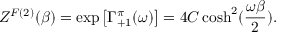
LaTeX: Z ^ { F ( 2 ) } ( \beta ) = \exp \left[ \Gamma _ { + 1 } ^ { \pi } ( \omega ) \right] = 4 C \cosh ^ { 2 } ( { \frac { \omega \beta } { 2 } } ) .